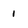
Character: 1